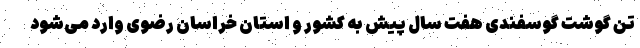
تن گوشت گوسفندی هفت سال پیش به کشور و استان خراسان رضوی وارد می‌شود